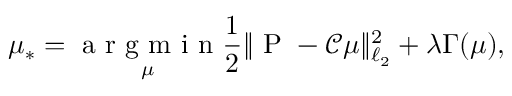
\mu _ { * } = \underset { \mu } { \mathrm { ~ a ~ r ~ g ~ m ~ i ~ n ~ } } \frac 1 2 \| \mathrm { ~ P ~ } - { \mathscr C } \mu \| _ { \ell _ { 2 } } ^ { 2 } + \lambda \Gamma ( \mu ) ,